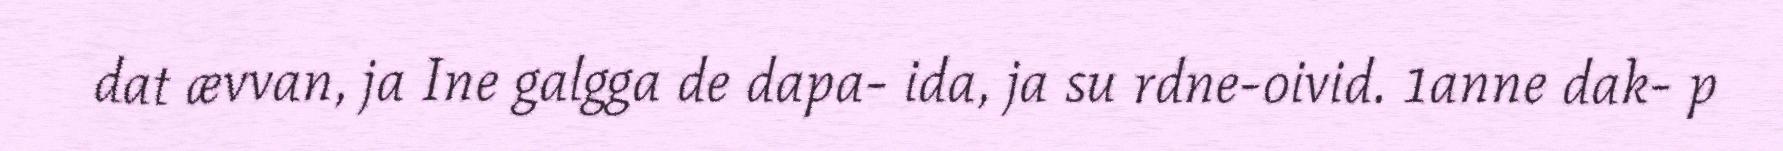
dat ævvan, ja Ine galgga de dapa- ida, ja su rdne-oivid. 1anne dak- p